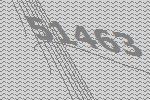
51463